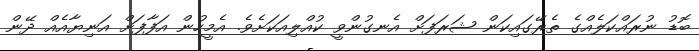
ބޮޑު ނުރައްކަލެއްގެ ތެރޭގައިކަން ޝަރަފަށް އެނގުންވީ ކުއްލިއަކަށެވެ. އެމީހުން އަފާފަށް އަނިޔާއެއް ދޭން